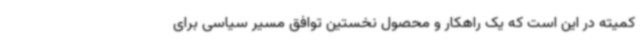
کمیته در این است که یک راهکار و محصول نخستین توافق مسیر سیاسی برای